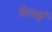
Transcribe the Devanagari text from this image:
वेलाई